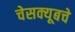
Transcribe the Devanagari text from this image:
चेसक्यूबचे